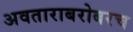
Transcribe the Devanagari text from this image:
अवताराबरोबरच